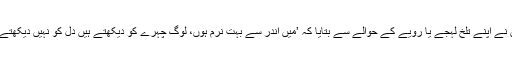
باسط علی نے اپنے کرکٹ میں آنے کی وجہ بتائی، انہوں نے اپنے تلخ لہجے یا رویے کے حوالے سے بتایا کہ ’میں اندر سے بہت نرم ہوں، لوگ چہرے کو دیکھتے ہیں دل کو نہیں دیکھتے، میں پاکستان میں نہیں پاکستان میرے دل میں رہتا ہے‘۔